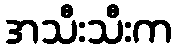
အသီးသီးက